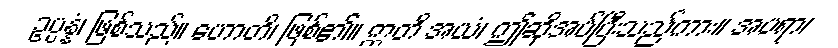
ဥပ္ပန္နံ၊ ဖြစ်သည်။ ဟောတိ၊ ဖြစ်၏။ ဣတိ အယံ၊ ဤဆိုအပ်ပြီးသည်ကား။ အပရာ၊